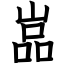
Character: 嵓